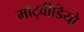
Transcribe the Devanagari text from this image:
माँट्वीडियो